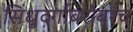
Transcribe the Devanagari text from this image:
सिंधुदर्गाबरोबरच